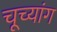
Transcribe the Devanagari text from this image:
चूच्यांग